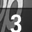
Digit: 3